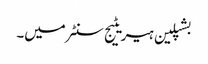
بشپلین ہیریٹیج سنٹر میں۔